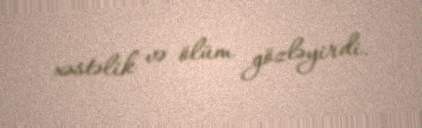
xəstəlik və ölüm gözləyirdi.